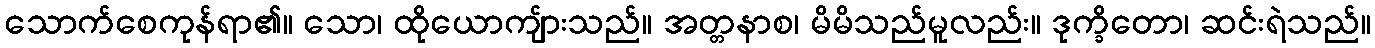
သောက်စေကုန်ရာ၏။ သော၊ ထိုယောကျ်ားသည်။ အတ္တနာစ၊ မိမိသည်မူလည်း။ ဒုက္ခိတော၊ ဆင်းရဲသည်။